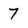
Character: 7